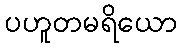
ပဟူတမရိယော